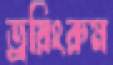
ড্রয়িংরুম